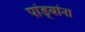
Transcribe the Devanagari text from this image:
पांड्यांना